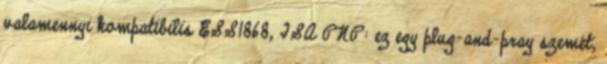
valamennyi kompatibilis ESS1868, ISA PNP: ez egy plug-and-pray szemét,